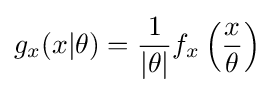
g_{x}(x|\theta )={\frac {1}{|\theta |}}f_{x}\left({\frac {x}{\theta }}\right)